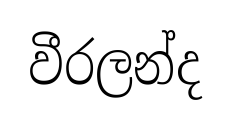
වීරලන්ද